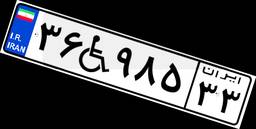
۳۶W۹۸۵۳۳